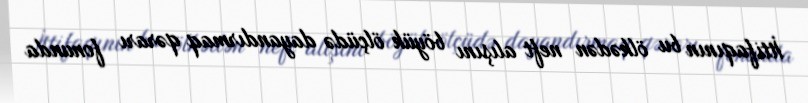
İttifaqının bu ölkədən neft alışını böyük ölçüdə dayandırmaq qərarı fonunda